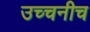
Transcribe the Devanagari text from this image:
उच्चनीच